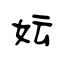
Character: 妘